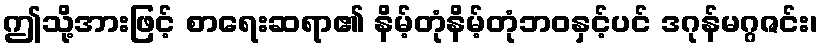
ဤသို့အားဖြင့် စာရေးဆရာ၏ နိမ့်တုံနိမ့်တုံဘဝနှင့်ပင် ဒဂုန်မဂ္ဂဇင်း၊